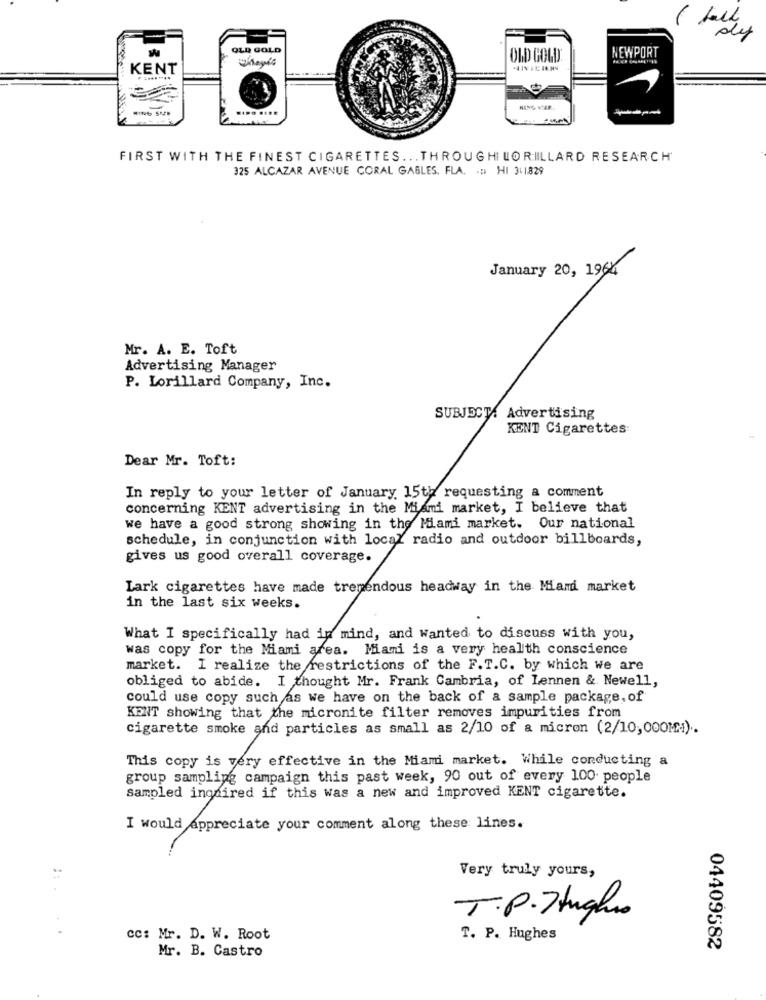
OLD GOLD
NEWPORT
OLD GOLD
KENT
FIRST WITH THE FINEST CIGARETTES ... THROUGH LORILLARD RESEARCH
325 ALCAZAR AVENUE CORAL GABLES. FLA. ... HI 3+1829
January 20, 1964
Mr. A. E. Toft
Advertising Manager
P. Lorillard Company, Inc.
SUBJECT: Advertising
KENT Cigarettes
Dear Mr. Toft:
In reply to your letter of January 15th requesting a comment
concerning KENT advertising in the Miami market, I believe that
we have a good strong showing in the Miami market. Our national
schedule, in conjunction with local radio and outdoor billboards,
gives us good overall coverage.
Lark cigarettes have made tremendous headway in the Miami market
in the last six weeks.
What I specifically had in mind, and Wanted to discuss with you,
was copy for the Miami area. Miami is a very health conscience
market. I realize the restrictions of the F.T.C. by which we are
obliged to abide. I thought Mr. Frank Cambria, of Lennen & Newell,
could use copy such as we have on the back of a sample package, of
KENT showing that the micronite filter removes impurities from
cigarette smoke and particles as small as 2/10 of a micron (2/10,000M:1).
This copy is very effective in the Miami market. While conducting a
group sampling campaign this past week, 90 out of every 100 people
sampled ingaired if this was a new and improved KENT cigarette.
I would appreciate your comment along these lines.
=
Very truly yours,
T.P.7 luglio
cc: Mr. D. W. Root
T. P. Hughes
Mr. B. Castro
04409582